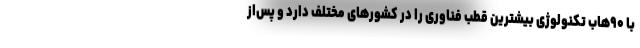
با ۹۰هاب تکنولوژی بیشترین قطب فناوری را در کشورهای مختلف دارد و پس‌از